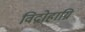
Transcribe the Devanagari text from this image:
विद्रोहाग्नि